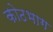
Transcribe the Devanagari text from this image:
कोठभाग